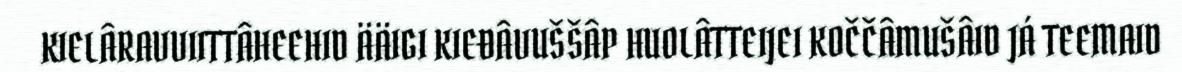
KIELÂRAVVIITTÂHEEHID ÄÄIGI KIEĐÂVUŠŠÂP HUOLÂTTEIJEI KOČČÂMUŠÂID JÁ TEEMAID